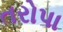
તરોપા